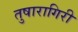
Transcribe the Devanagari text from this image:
तुषारागिरी